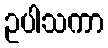
ဥပါသကာ